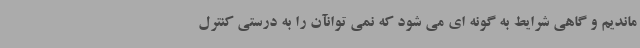
ماندیم و گاهی شرایط به گونه ای می شود که نمی توانآن را به درستی کنترل